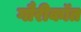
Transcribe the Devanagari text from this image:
गौरीकॉत